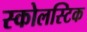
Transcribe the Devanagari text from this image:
स्कोलस्टिक